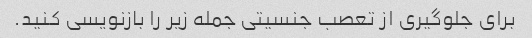
برای جلوگیری از تعصب جنسیتی جمله زیر را بازنویسی کنید.